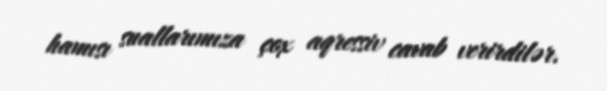
hamısı suallarımıza çox aqressiv cavab verirdilər.